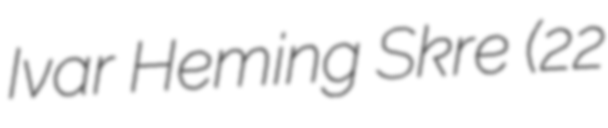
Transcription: Ivar Heming Skre (22